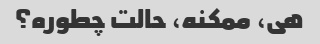
هی، ممکنه، حالت چطوره؟